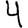
Digit: 4